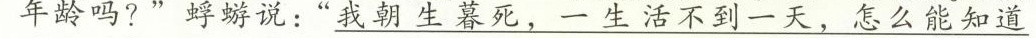
年龄吗?”蜉蟒说:\underline{我朝生暮死，一生活不到一天怎么能知道}